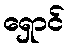
ရှောင်